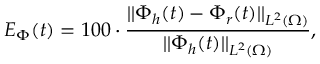
E _ { \Phi } ( t ) = 1 0 0 \cdot \frac { | | \Phi _ { h } ( t ) - \Phi _ { r } ( t ) | | _ { L ^ { 2 } ( \Omega ) } } { | | { \Phi _ { h } } ( t ) | | _ { L ^ { 2 } ( \Omega ) } } ,